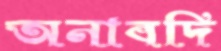
অনাবদি